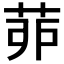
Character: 𦯆